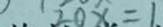
2 0 x = 1